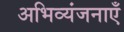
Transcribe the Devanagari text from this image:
अभिव्यंजनाएँ